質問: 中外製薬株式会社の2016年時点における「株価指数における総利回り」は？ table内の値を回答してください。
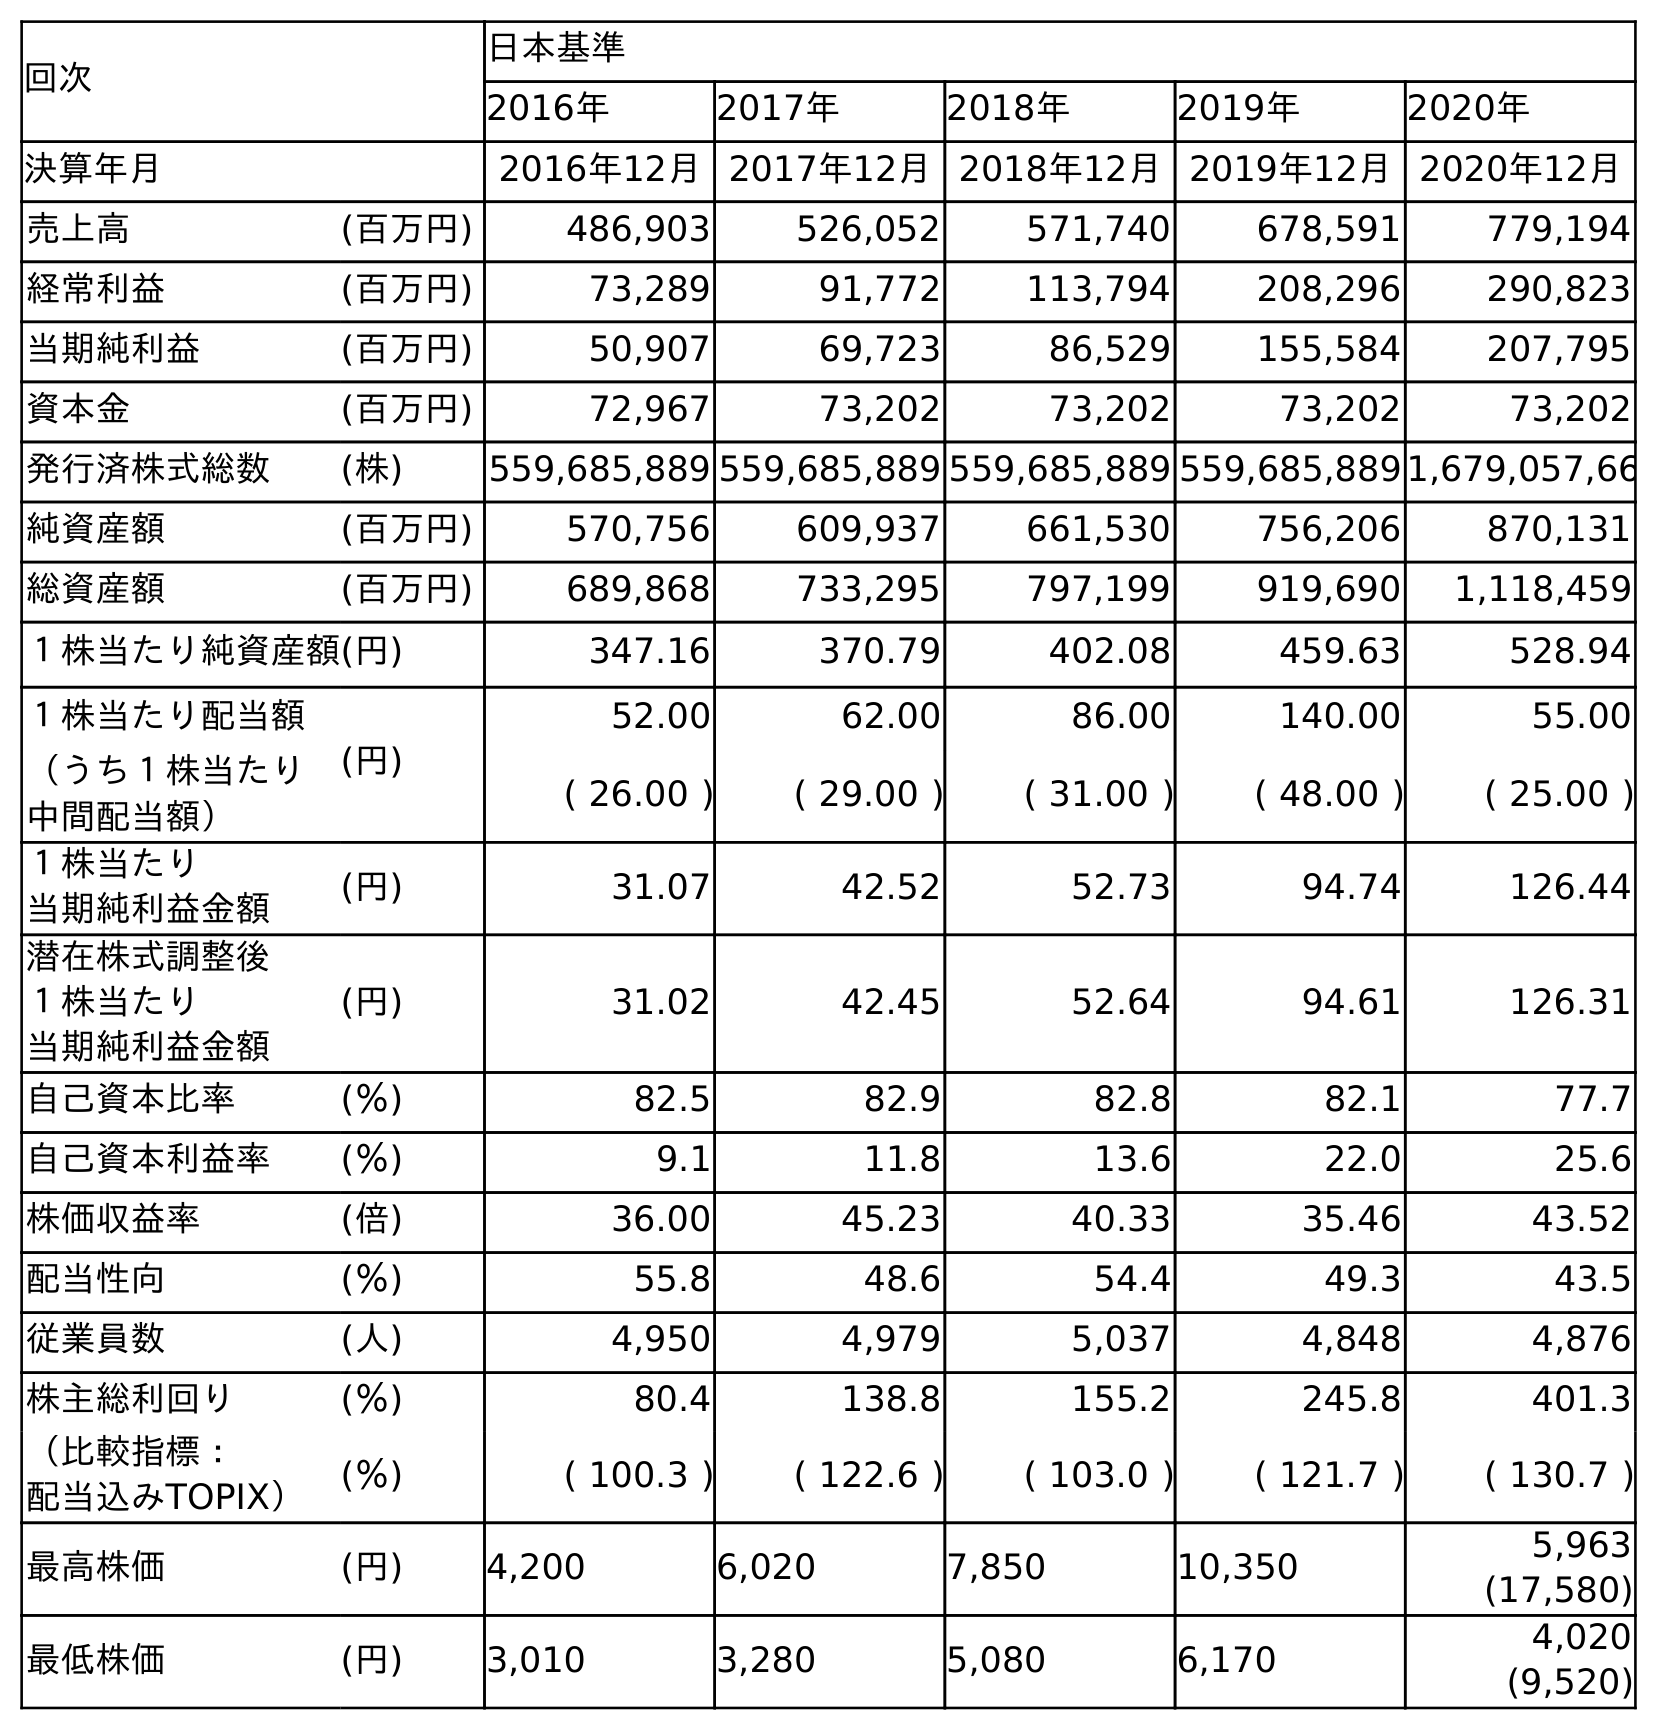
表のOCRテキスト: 回次 日本基準 2016年 2017年 2018年 2019年 2020年 決算年月 2016年12月2017年12月2018年12月2019年12月2020年12月 売上高 (百万円) 486,903 526,052 571,740 678,591 779,194 経常利益 (百万円) 73,289 91,772 113,794 208,296 290,823 当期純利益 (百万円) 50,907 69,723 86,529 155,584 207,795 資本金 (百万円) 72,967 73,202 73,202 73,202 73,202 発行済株式総数 (株) 559,685,889 559,685,889 559,685,889 559,685,8891,679,057,66 純資産額 (百万円) 570,756 609,937 661,530 756,206 870,131 総資産額 (百万円) 689,868 733,295 797,199 919,690 1,118,459 １株当たり純資産額(円) 347.16 370.79 402.08 459.63 528.94 １株当たり配当額 (円) 52.00 62.00 86.00 140.00 55.00 （うち１株当たり 中間配当額） ( 26.00 ) ( 29.00 ) ( 31.00 ) ( 48.00 ) ( 25.00 ) １株当たり 当期純利益金額 (円) 31.07 42.52 52.73 94.74 126.44 潜在株式調整後 １株当たり 当期純利益金額 (円) 31.02 42.45 52.64 94.61 126.31 自己資本比率 (％) 82.5 82.9 82.8 82.1 77.7 自己資本利益率 (％) 9.1 11.8 13.6 22.0 25.6 株価収益率 (倍) 36.00 45.23 40.33 35.46 43.52 配当性向 (％) 55.8 48.6 54.4 49.3 43.5 従業員数 (人) 4,950 4,979 5,037 4,848 4,876 株主総利回り (％) 80.4 138.8 155.2 245.8 401.3 （比較指標： 配当込みTOPIX） (％) ( 100.3 ) ( 122.6 ) ( 103.0 ) ( 121.7 ) ( 130.7 ) 最高株価 (円) 4,200 6,020 7,850 10,350 5,963 (17,580) 最低株価 (円) 3,010 3,280 5,080 6,170 4,020 (9,520)
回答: (100.3)